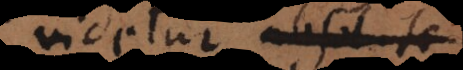
videtur absolute